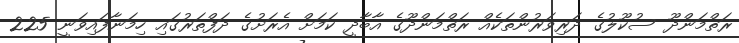
ރަތްމަންދޫ ސުކޫލުގެ ދަރިވަރުންތަކެއް ރަތްމަންދޫގެ އާބާދީ ކަމަށް އެރަށުގެ ދަފްތަރުގައި ހިމަނާފައިވަނީ 225